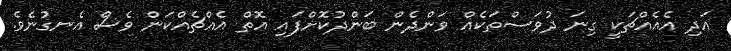
އަދި އެއެއްޗަކީ ގިނަ ދުވަސްތަކެއް ވަންދެން ބަންދުކޮށްފައި އޮތް އެއްޗެއްކަން ވެސް އެނގުނެވެ.